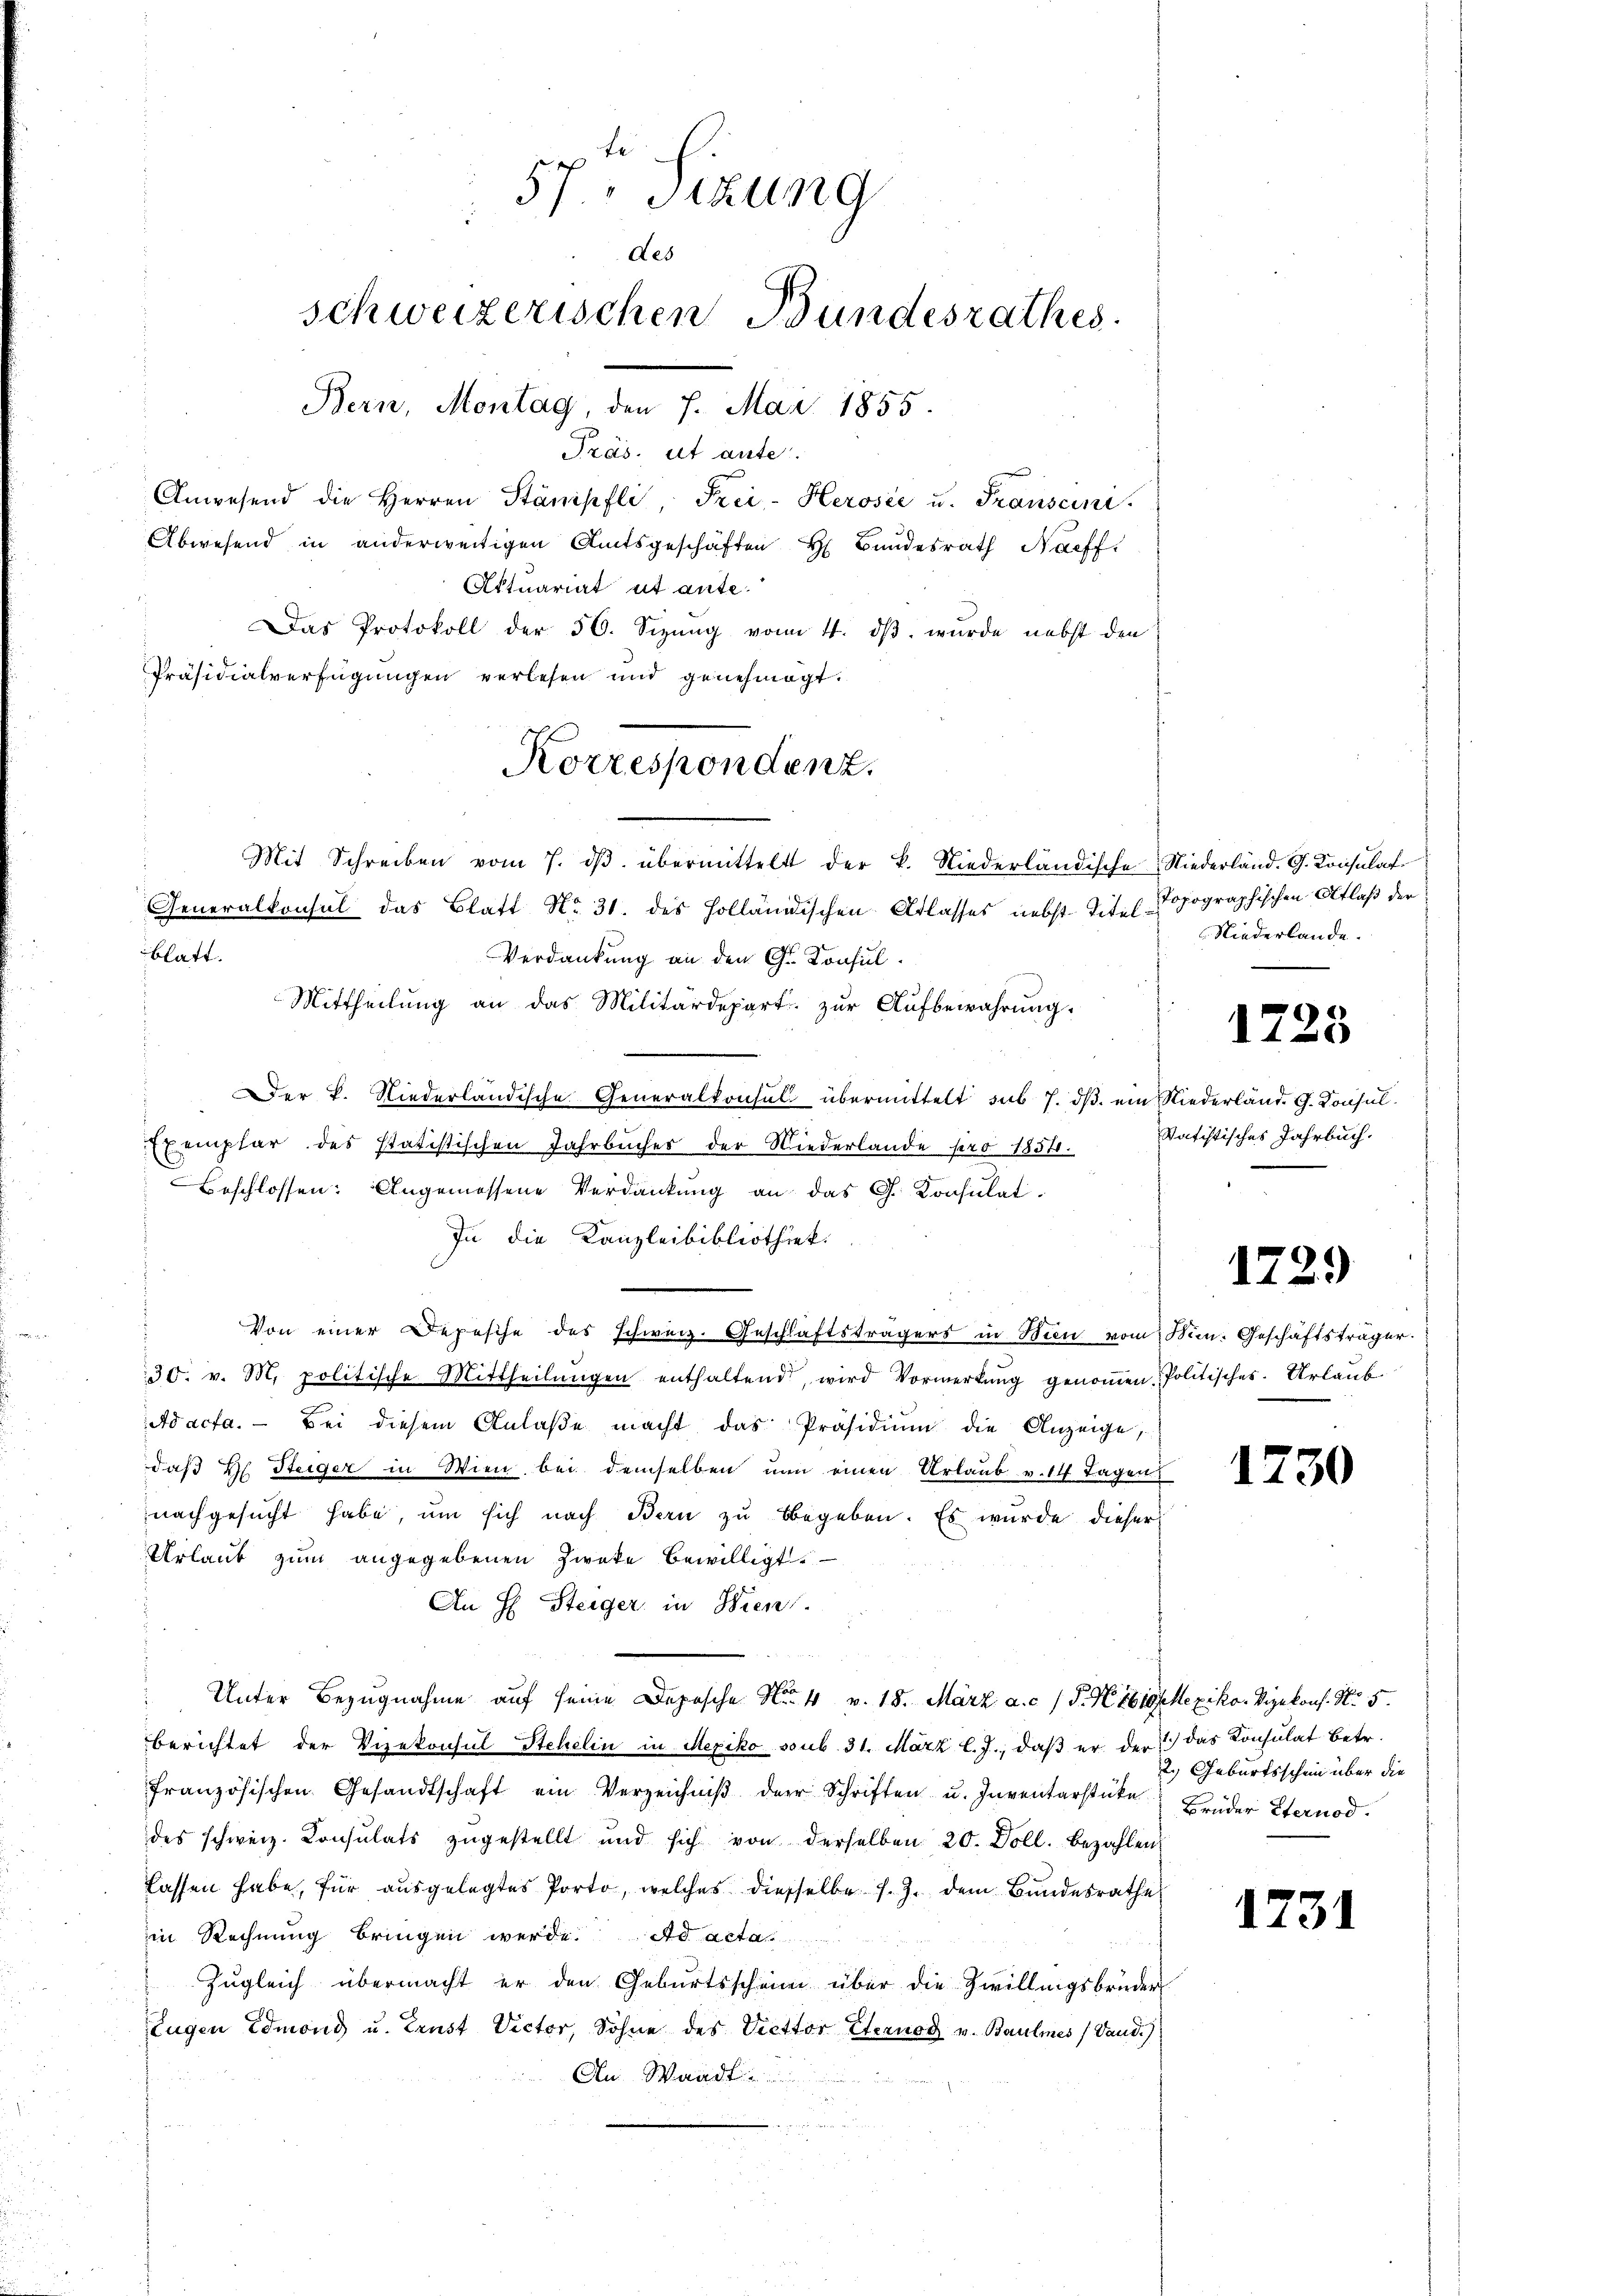
57." Sizung
des
schweizerischen Bundesrathes
Bern, Montag, den 7. Mai 1855.
Präs. et aute.
Anwesend die Herren Stämpfli Frei-Herosée u. Transcini
Abwesend in anderweitigen Amtsgeschäften H. Bundesrath Nachf
Aktuariat ut ante.
Das Protokoll der 50. Sizung vom 4. dβ, wurde nebst den
Präsidialverfügungen verlesen und genehmigt.

Korrespondenz.

Mit Schreiben vom 7. dβ übermittelt der k. Niederländische Niederländ. G. Konsulat
Generalkonsul das Blatt No. 31. des Holländischen Atlasses nebst Titel Topographischen Atlaß der
blatt.
Verdankung an den G. Konsul¬
Mittheilung an das Militärdepart. zur Aufbewahrung.
DDer K. Niederländische Generalkonsul übermittelt sub 7. dβ ein Niederlände G. Konsul¬
.
Exemplar des statistischen Jahrbuches der Wiederlande pro 1851.
Beschlossen: Angemessene Verdankung an das G. Konsulat.
In die Kanzleibibliothek.
Von einer Depesche des schweiz. Geschläftsträgers in Bin vom Min. Geschäftsträger
30. v. M. politische Mittheilŭngen enthaltend, wird Vormerkŭng genoṁen Politisches Urlaub
Ad acta. — Bei diesem Anlaße macht das Präsidium die Anzeige,
daß H. Steiger in Wien bei demselben nun einen Urlaub v. 14 Tagens
nachgesucht habe, um sich nach Bern zu begeben. Es wurde dieser
Urlaub zum angegebenen Zwecke bewilligt.
An H Steiger in Wien.
Unter Bezugnahme auf seine Depesche No. 4 v. 18. März a. c. / P. Ktsroselexiko. Vizekons. No. 5.
berichtet der Vizekonsul Stehelin in Mexiko sub. 31. März l. J., daß er der das Konsulat betr.
französischen Gesandtschaft ein Verzeichniβ der Schriften u. Inventarstüke
des schweiz. Consulats zugestellt und sich von derselben 20. Doll. Bezahlen
lassen habe, für ausgelegtes Porto, welches diesselbe s. Z. dem Bundesrathe
in Rechnung bringen werde. Ad acta
Zugleich übermacht er den Geburtsschein über die Zwillingsbrüder
Eugen Edmoni u. Ernst Victor, Sohne des Viettor Sternod v. Baumes (Vaud.)
An Waadt

Niederlande.

1728

Satistisches Jahrbuch.

1729

1230

2.) Geburtsschein über die
Brüder Sternod.

1731